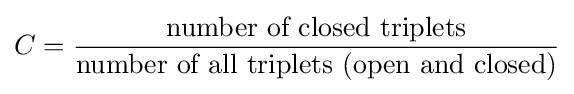
C={\frac {\mbox{number of closed triplets}}{\mbox{number of all triplets (open and closed)}}}